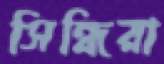
সিন্ধিরা